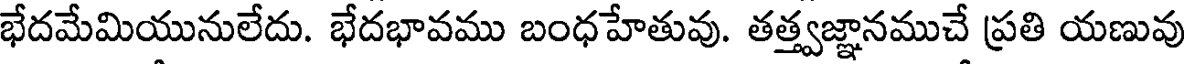
భేదమేమియునులేదు. భేదభావము బంధహేతువు. తత్త్వజ్ఞానముచే ప్రతి యణువు